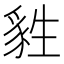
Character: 𤯴